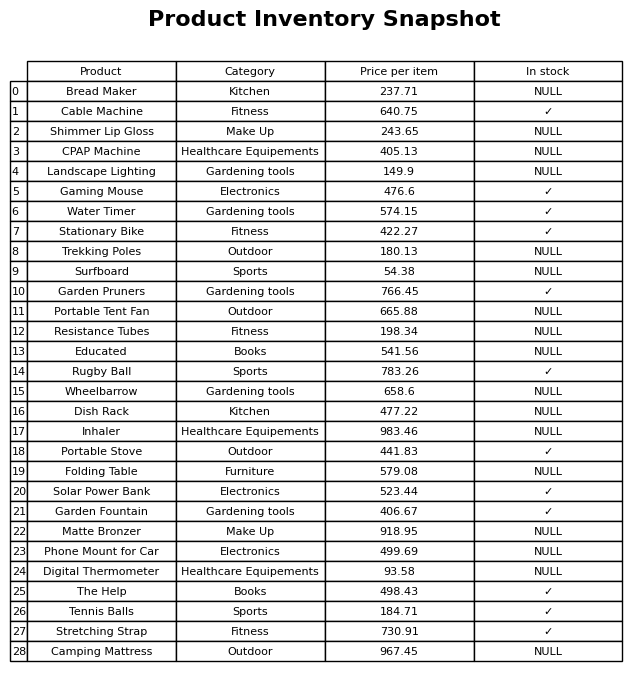
question: What is the stock status of the Solar Power Bank?
answer: ✓